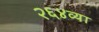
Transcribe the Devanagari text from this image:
२६४व्या